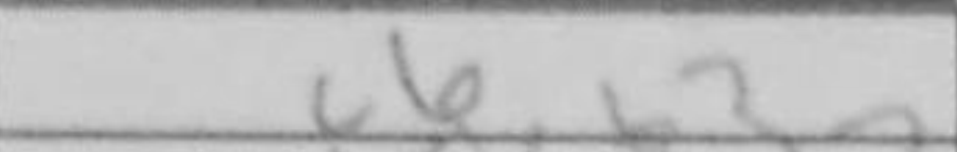
Transcription: c6